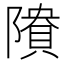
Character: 𱀴